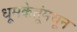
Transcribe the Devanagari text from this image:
धूमकेतूंमधून